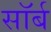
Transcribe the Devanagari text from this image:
सॉर्ब